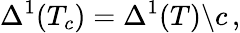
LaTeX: \Delta^{1}(T_{c})=\Delta^{1}(T)\backslash c\, ,